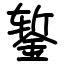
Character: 錾